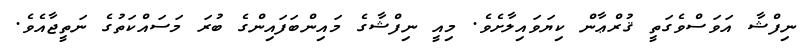
ނިފްޝާ އަވަސްވެގަތީ ޤުރްޢާން ކިޔަވައިލާށެވެ. މިއީ ނިފްޝާގެ މައިންބަފައިންގެ ބުރަ މަސައްކަތުގެ ނަތީޖާއެވެ.